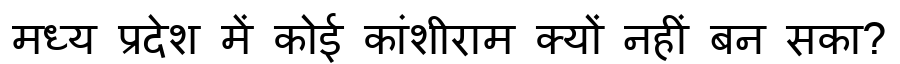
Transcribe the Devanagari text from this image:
मध्य प्रदेश में कोई कांशीराम क्यों नहीं बन सका?